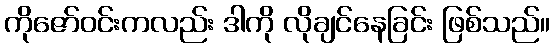
ကိုဇော်ဝင်းကလည်း ဒါကို လိုချင်နေခြင်း ဖြစ်သည်။